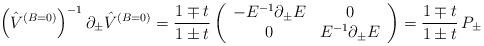
LaTeX: \begin{align*}\left( \hat{V}^{(B=0)}\right) ^{-1}\partial _{\pm }\hat{V}^{(B=0)}={\frac{1\mp t}{1\pm t}}\left(\begin{array}{cc}-E^{-1}\partial _{\pm }E & 0 \\0 & E^{-1}\partial _{\pm }E\end{array}\right) ={\frac{1\mp t}{1\pm t}}\,P_{\pm } \end{align*}